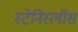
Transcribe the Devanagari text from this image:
स्टेनिस्लॉस